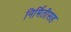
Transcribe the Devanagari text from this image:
निर्मितीसह